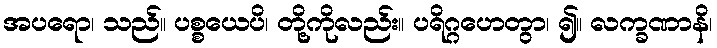
အပရော၊ သည်။ ပစ္စယေပိ၊ တို့ကိုလည်း။ ပရိဂ္ဂဟေတွာ၊ ၍။ လက္ခဏာနိ၊